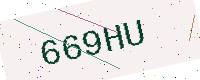
Text: 669HU